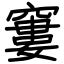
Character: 窶